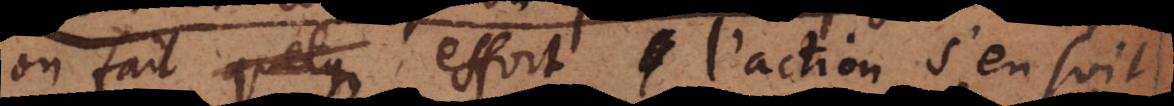
on fait quelque effort l’action s’en suit